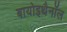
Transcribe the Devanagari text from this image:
बायोइथैनॉल